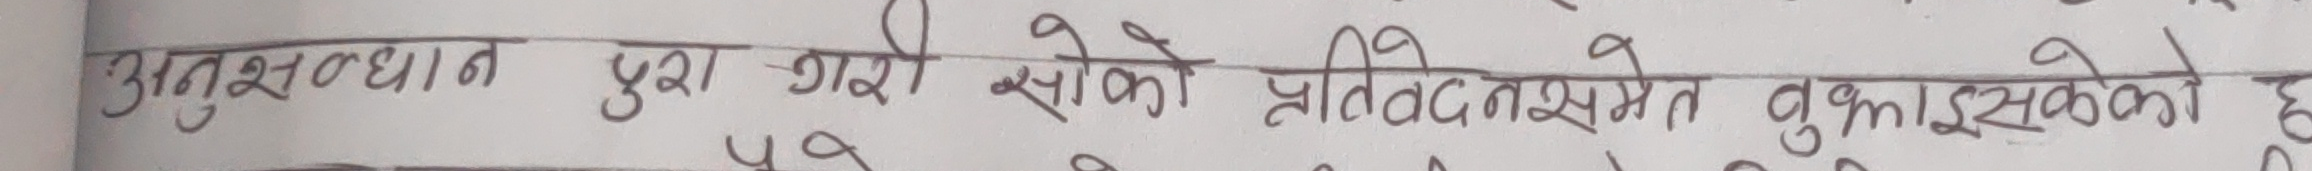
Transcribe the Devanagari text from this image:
अनुसन्धान पुरा गरी सकेको प्रतिवेदन समेत बुझाईसकेको छ